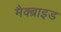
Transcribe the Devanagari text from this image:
मैक्ब्राइड